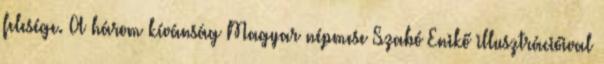
felesége. A három kívánság Magyar népmese Szabó Enikő illusztrációival